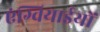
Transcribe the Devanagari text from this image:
एंग्वियाईयों